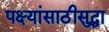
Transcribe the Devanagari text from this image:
पक्ष्यांसाठीसुद्धा